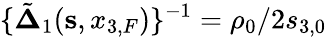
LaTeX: \{ \tilde{\mathbf\Delta}_{1}({{\mathbf s}},x_{3,F})\} ^{-1}={\rho_{0}}/{2s_{3,0}}